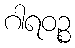
ဂါရဝဉ္စ